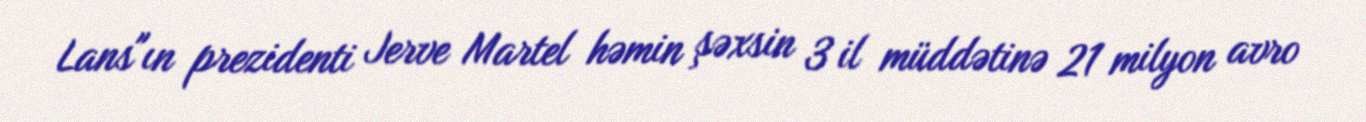
Lans"ın prezidenti Jerve Martel həmin şəxsin 3 il müddətinə 21 milyon avro